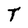
Character: T